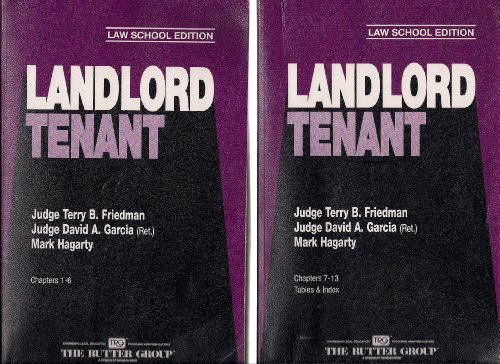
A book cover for California Practice Guide Landlord-Tenant, Law School Edition, 2 Volume Set; Terry B. Friedman; Education & Teaching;